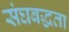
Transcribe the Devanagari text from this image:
संघबद्धता